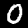
Label: 0